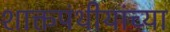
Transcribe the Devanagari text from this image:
शाक्तपंथीयांच्या